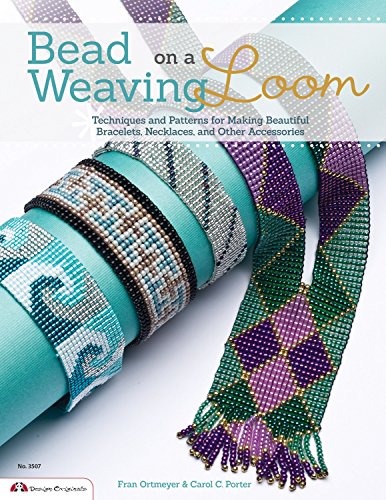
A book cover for Bead Weaving on a Loom: Techniques and Patterns for Making Beautiful Bracelets, Necklaces, and Other Accessories (Design Originals); Carol Porter; Crafts, Hobbies & Home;